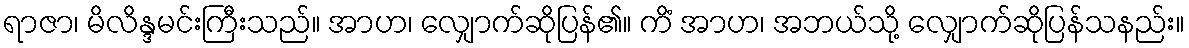
ရာဇာ၊ မိလိန္ဒမင်းကြီးသည်။ အာဟ၊ လျှောက်ဆိုပြန်၏။ ကိံ အာဟ၊ အဘယ်သို့ လျှောက်ဆိုပြန်သနည်း။